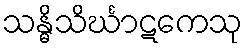
သန္ဓိသိင်္ဃာဋကေသု